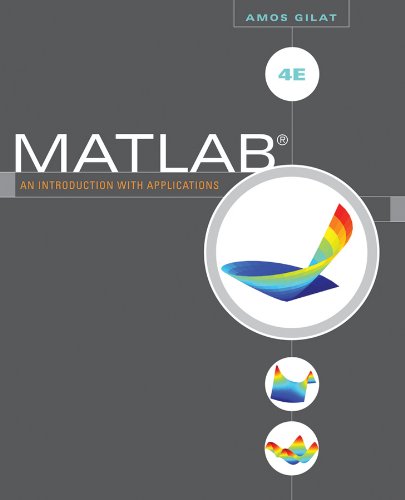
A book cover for MATLAB: An Introduction with Applications; Amos Gilat; Politics & Social Sciences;